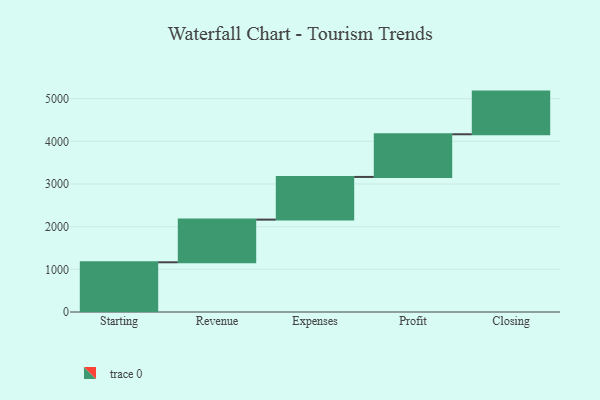
{"axis": {"x": "Step", "y": "Value"}, "legend": [""], "data": [{"x": "Starting", "y": 1165.0, "type": ""}, {"x": "Revenue", "y": 1000, "type": ""}, {"x": "Expenses", "y": 1000, "type": ""}, {"x": "Profit", "y": 1000, "type": ""}, {"x": "Closing", "y": 1000, "type": ""}]}